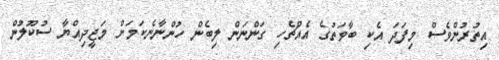
އިތުރުންވެސް މިފަދަ އެކި ބާވަތުގެ އެއްޗެހި ގަންނަން ލިބެން ހުންނާނެކަމަށް މަޖީދިއްޔާ ސުކޫލުން